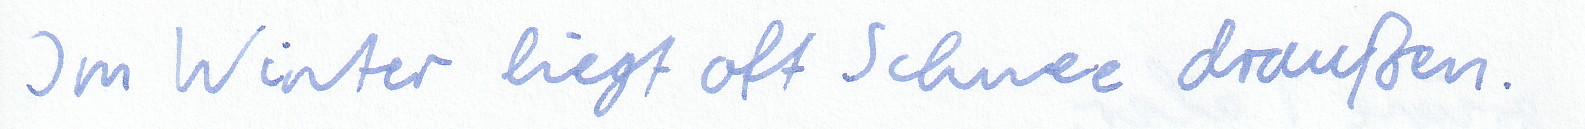
Im Winter liegt oft Schnee draußen.